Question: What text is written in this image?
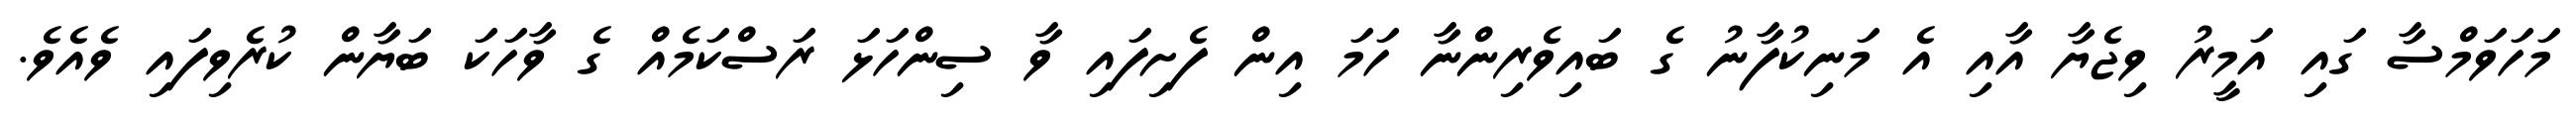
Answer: މަހަވަމްސާ ގައި އަމީރު ވިޖެޔާ އާއި އެ މަނިކުފާނު ގެ ބައިވެރިންނާ ހަމަ އިން ފެށިފައި ވާ ސިންހަޅަ ރަސްކަމެއް ގެ ވާހަކަ ބަޔާން ކުރެވިފައި ވެއެވެ.